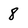
Character: 8